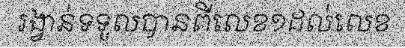
រង្វាន់ទទួលបានពីលេខ១ដល់លេខ